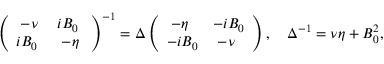
\left( \begin{array} { l l } { \; - \nu \; } & { i B _ { 0 } } \\ { i B _ { 0 } } & { \; - \eta \; } \end{array} \right) ^ { - 1 } = \Delta \left( \begin{array} { l l } { \; - \eta \; } & { - i B _ { 0 } } \\ { - i B _ { 0 } } & { \; - \nu \; } \end{array} \right) , \quad \Delta ^ { - 1 } = \nu \eta + B _ { 0 } ^ { 2 } ,